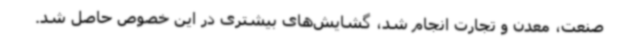
صنعت، معدن و تجارت انجام شد، گشایش‌های بیشتری در این خصوص حاصل شد.